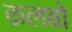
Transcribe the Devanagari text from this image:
कलबो